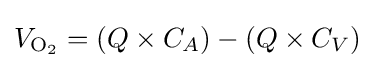
V_{\mathrm {O} {\vphantom {A}}_{\smash[{t}]{2}}}=(Q\times C_{A})-(Q\times C_{V})